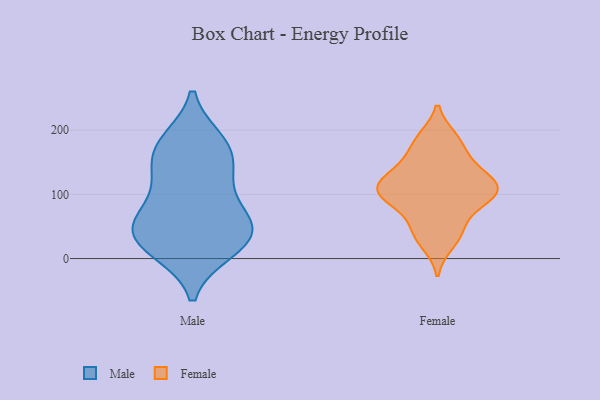
{"axis": {"x": "Demand Index", "y": "Value"}, "legend": ["Female", "Male"], "data": [{"x": "", "y": 49, "type": "Male"}, {"x": "", "y": 173, "type": "Male"}, {"x": "", "y": 61, "type": "Male"}, {"x": "", "y": 152, "type": "Male"}, {"x": "", "y": 86, "type": "Male"}, {"x": "", "y": 12, "type": "Male"}, {"x": "", "y": 46, "type": "Male"}, {"x": "", "y": 127, "type": "Male"}, {"x": "", "y": 55, "type": "Male"}, {"x": "", "y": 180, "type": "Male"}, {"x": "", "y": 22, "type": "Male"}, {"x": "", "y": 126, "type": "Male"}, {"x": "", "y": 13, "type": "Male"}, {"x": "", "y": 40, "type": "Male"}, {"x": "", "y": 183, "type": "Male"}, {"x": "", "y": 116, "type": "Female"}, {"x": "", "y": 80, "type": "Female"}, {"x": "", "y": 89, "type": "Female"}, {"x": "", "y": 45, "type": "Female"}, {"x": "", "y": 119, "type": "Female"}, {"x": "", "y": 156, "type": "Female"}, {"x": "", "y": 112, "type": "Female"}, {"x": "", "y": 188, "type": "Female"}, {"x": "", "y": 100, "type": "Female"}, {"x": "", "y": 96, "type": "Female"}, {"x": "", "y": 128, "type": "Female"}, {"x": "", "y": 111, "type": "Female"}, {"x": "", "y": 186, "type": "Female"}, {"x": "", "y": 23, "type": "Female"}, {"x": "", "y": 152, "type": "Female"}, {"x": "", "y": 43, "type": "Female"}]}